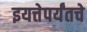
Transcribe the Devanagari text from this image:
इयत्तेपर्यंतचे